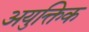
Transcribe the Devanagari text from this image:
अयुक्तिक